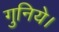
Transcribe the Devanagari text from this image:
गुनिये।